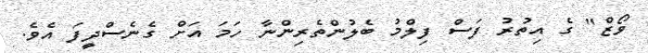
ވޯޒް" ގެ އިތުރު ފަސް ފިލްމު ބެލުންތެރިންނާ ހަމަ އަށް ގެނެސްދީފަ އެވެ.